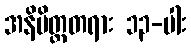
အနိမိတ္တတရား ၁၃-ပါး